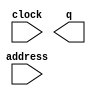
module levelThree (
	address,
	clock,
	q);

	input	[16:0]  address;
	input	  clock;
	output	[2:0]  q;
`ifndef ALTERA_RESERVED_QIS
// synopsys translate_off
`endif
	tri1	  clock;
`ifndef ALTERA_RESERVED_QIS
// synopsys translate_on
`endif

endmodule